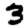
Digit: 3